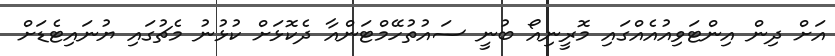
އަށް ދިން އިންޓަވިއުއެއްގައި މޮރީނިއޯ ބުނީ ސައުތުހޭމްޓަންއާ ދެކޮޅަށް ކުޅުނު މެޗުގައި ޔުނައިޓެޑަށް